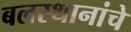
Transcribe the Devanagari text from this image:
बलस्थानांचे